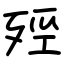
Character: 殌